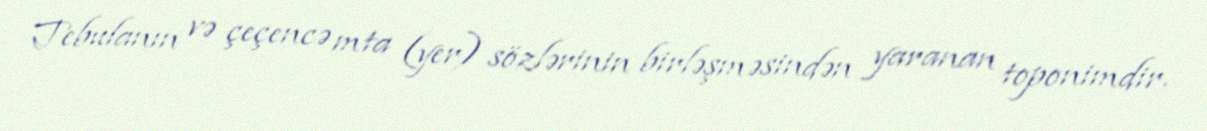
Tebulanın və çeçencə mta (yer) sözlərinin birləşməsindən yaranan toponimdir.